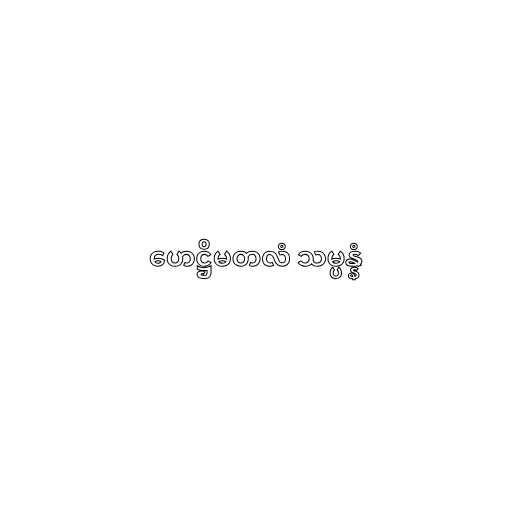
ဟေဋ္ဌိမတလံ သမ္ပန္နံ